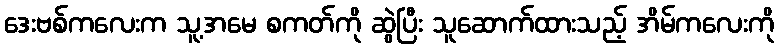
ဒေးဗစ်ကလေးက သူ့အမေ စကတ်ကို ဆွဲပြီး သူဆောက်ထားသည့် အိမ်ကလေးကို